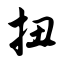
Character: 扭